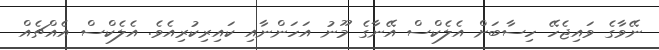
ނޭވާގެ ވައިޖެހޭ ހިސާބަށް އެލެކްސް އޭނާގެ މޫނު އަހަންނާއި ކައިރިކުރިއެވެ. އެލެކްސް އެއްޗެއް